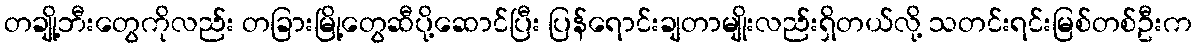
တချို့ဘီးတွေကိုလည်း တခြားမြို့တွေဆီပို့ဆောင်ပြီး ပြန်ရောင်းချတာမျိုးလည်းရှိတယ်လို့ သတင်းရင်းမြစ်တစ်ဦးက